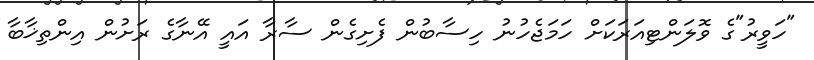
"ހަވީރު"ގެ ވޮލަންޓިއަރަކަށް ހަމަޖެހުނު ހިސާބުން ފެށިގެން ސާރާ އައީ އޭނާގެ ރަށުން އިންތިޚާބާ